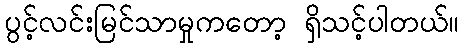
ပွင့်လင်းမြင်သာမှုကတော့ ရှိသင့်ပါတယ်။